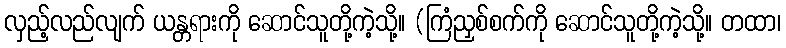
လှည့်လည်လျက် ယန္တရားကို ဆောင်သူတို့ကဲ့သို့။ (ကြံညှစ်စက်ကို ဆောင်သူတို့ကဲ့သို့။ တထာ၊